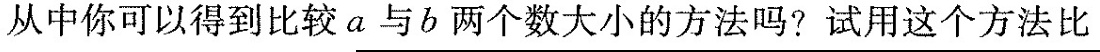
从中你可以得到比较a与b两个数大小的方法吗？试用这个方法比